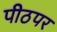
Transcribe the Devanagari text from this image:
पीठपर